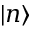
| n \rangle